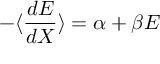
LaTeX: - \langle { \frac { d E } { d X } } \rangle = \alpha + \beta E